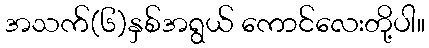
အသက်(၆)နှစ်အရွယ် ကောင်လေးတို့ပါ။